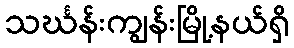
သင်္ဃန်းကျွန်းမြို့နယ်ရှိ